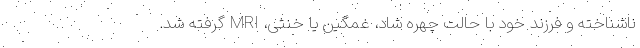
ناشناخته و فرزند خود با حالت چهره شاد، غمگین یا خنثی، MRI گرفته شد.